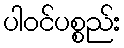
ပါဝင်ပစ္စည်း